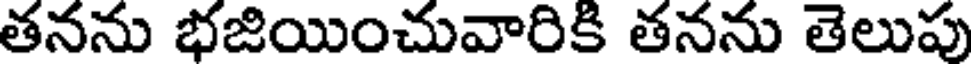
తనను భజియించువారికి తనను తెలుపు